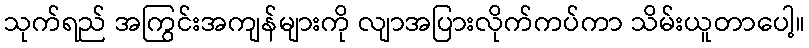
သုက်ရည် အကြွင်းအကျန်များကို လျာအပြားလိုက်ကပ်ကာ သိမ်းယူတာပေါ့။